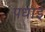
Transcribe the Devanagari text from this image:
पधाई